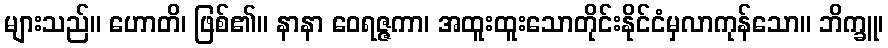
များသည်။ ဟောတိ၊ ဖြစ်၏။ နာနာ ဝေရဇ္ဇကာ၊ အထူးထူးသောတိုင်းနိုင်ငံမှလာကုန်သော။ ဘိက္ခူ၊